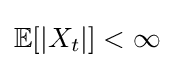
\mathbb {E} [|X_{t}|]<\infty